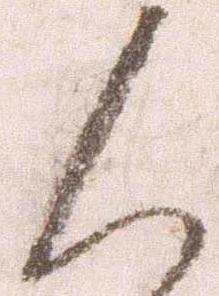
人